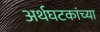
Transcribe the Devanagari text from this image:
अर्थघटकांच्या